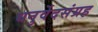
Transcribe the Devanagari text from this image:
धनुर्वेदसंग्रह